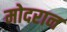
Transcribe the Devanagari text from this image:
मोदरान